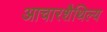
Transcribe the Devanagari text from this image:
आचारशैथिल्य